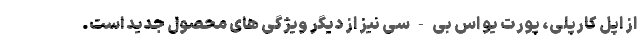
از اپل کارپلی، پورت یو اس بی-سی نیز از دیگر ویژگی های محصول جدید است.